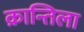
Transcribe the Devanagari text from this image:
क्रान्तिला